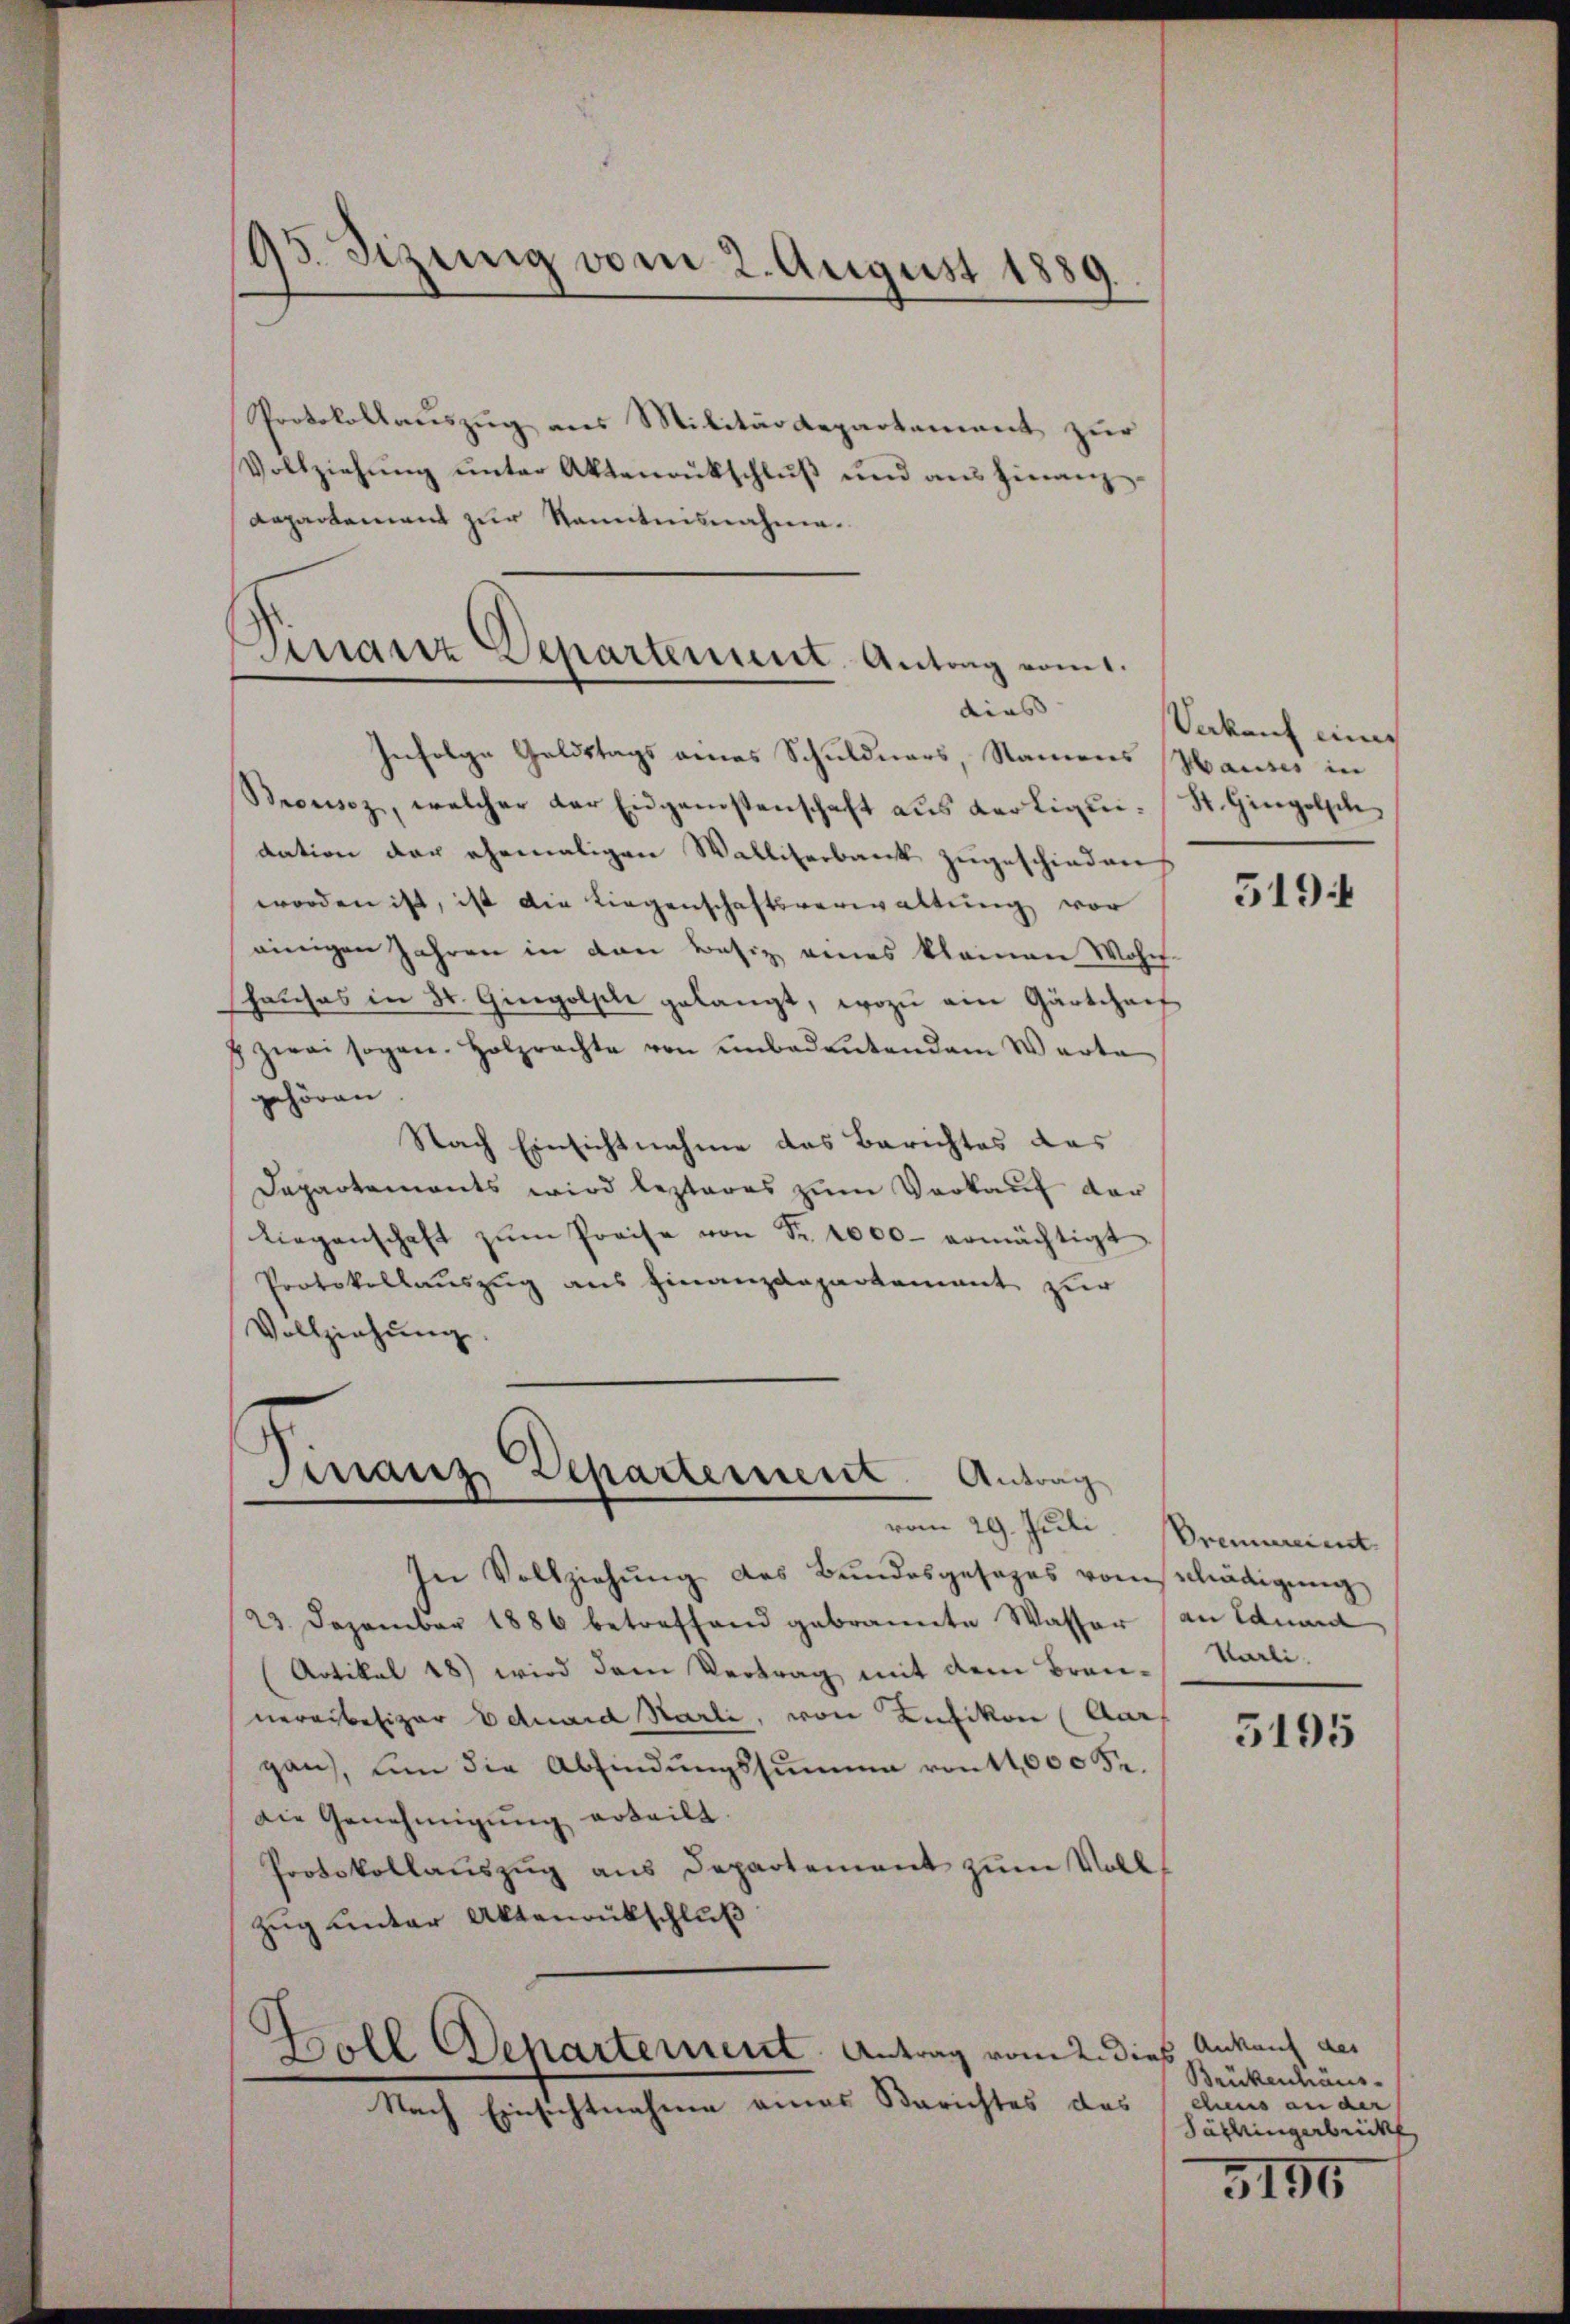
95. Sizung vom 2. August 1889.

Protokollauszug aus Militärdepartement zur
Vollziehŭng ŭnter Aktenrütschlŭβ und ans hinanz-
Repartement zur Kenntnisnahme.

Finanz Departement. Antrag vom 1.
dius |

Finanz, Departement. Antrag
vom 29. Juli

Infolge Geldstags eines Schuldners, Namens Hauses in
Brousaz, welcher der Eidgenstenschaft aŭs Kerliqui- St. Gingolsch
dation der ehemaligen Walliserbank zugeschieden
worden ist, ist die Liegenschaftsverwaltung vor
einigen Jahren in den Besiz eines kleinen Wohn-
hauses in St. Gingolfele gelangt, wozu ein Gärtcharf
 zwei sogen. Holzrachte von unbedeŭtendem Warte
gehören |
Nach Einsichtnahme das Berichtes das
Dapartements wird lezteres zum Verkauf der
liegenschaft zŭm Preise von Fr. 1000. ermächtigt
Protokollauszug aus Finanzdepartement zur
Vollziehŭng.

In Vollziehung des Bundesgesages vom schädigung
23. Dezember 1886 betreffend gebrannte Wasser
Artikal 48) wird dem Vertrag mit dem Bran-Karli,
neralbesizer Eduard Karli, von Kefikon (Aar
gan, um die Abfindungssumme von 11,000 Fr.
Die Genehmigung erteilt.
Protokollauszug aus Departement zum Voll¬
Zug unter Aktenrutschluß
Boll Departement Antrag vom 2. dieß
Nach Einsichtnahme eines Berichtes das

Vakant eine

519.

Orennereient.
an Eduard

5195

Ankauf des
Brükenhäus
chens an der
Täthingerbrick

5155